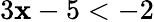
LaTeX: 3\mathbf{x}-5<-2